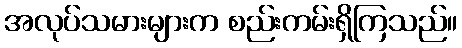
အလုပ်သမားများက စည်းကမ်းရှိကြသည်။